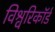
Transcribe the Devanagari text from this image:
विश्वरिकॉर्ड